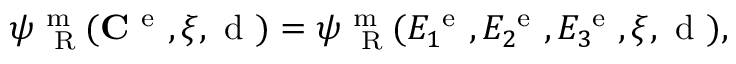
\psi _ { \mathrm { ~ \tiny ~ R ~ } } ^ { \mathrm { ~ m ~ } } ( { \bf C } ^ { \mathrm { ~ e ~ } } , \xi , \mathrm { ~ d ~ } ) = \psi _ { \mathrm { ~ \tiny ~ R ~ } } ^ { \mathrm { ~ m ~ } } ( E _ { 1 } ^ { \mathrm { ~ e ~ } } , E _ { 2 } ^ { \mathrm { ~ e ~ } } , E _ { 3 } ^ { \mathrm { ~ e ~ } } , \xi , \mathrm { ~ d ~ } ) ,